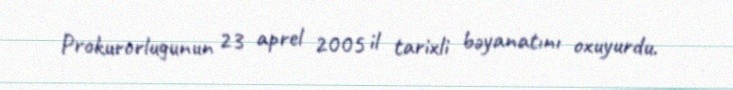
Prokurorlugunun 23 aprel 2005 il tarixli bəyanatını oxuyurdu.